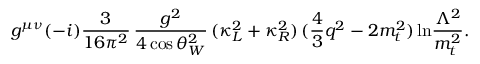
g ^ { \mu \nu } ( - i ) \frac { 3 } { 1 6 \pi ^ { 2 } } \, \frac { g ^ { 2 } } { 4 \cos \theta _ { W } ^ { 2 } } \, ( \kappa _ { L } ^ { 2 } + \kappa _ { R } ^ { 2 } ) \, ( \frac { 4 } { 3 } q ^ { 2 } - 2 m _ { t } ^ { 2 } ) \, \mathrm { l n } \frac { \Lambda ^ { 2 } } { m _ { t } ^ { 2 } } .